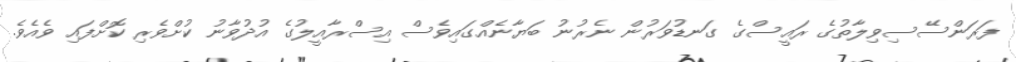
ފަރަންސޭސިވިލާތުގެ ރައީސްގެ ގަނޑުވަރުން ނެރުނު ބަޔާނެއްގައިވެސް އިސްރާއީލުގެ އުދުވާނު ކުށްވެރި ކޮށްފައި ވެއެވެ.